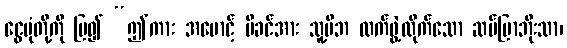
ငွေပုံတို့ကို ပြ၍ “ဤကား အမောင့် မိခင်အား သူ့မိဘ လက်ဖွဲ့လိုက်သော ဆပ်ပြာဘိုးသာ၊